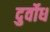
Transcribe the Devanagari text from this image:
दुर्वोध